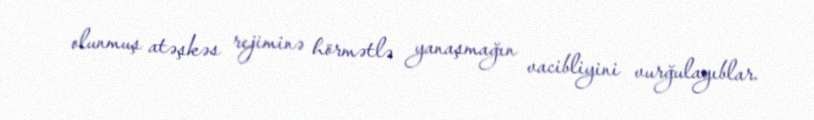
olunmuş atəşkəs rejiminə hörmətlə yanaşmağın vacibliyini vurğulayıblar.